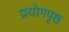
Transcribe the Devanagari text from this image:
प्रयोगपृष्ठ